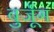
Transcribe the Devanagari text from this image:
बुर्जूग